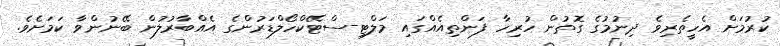
ކުރުމަށް އެހީތެރިވެ ދިނުމުގެ ގޮތުން ހުރިހާ ފަންތިއެއްގައި މަލްޓި-ސްޓޭކްހޯލްޑަރުންގެ އެއްބާރުލުން ބޭނުންވާ ކަމަށެވެ.